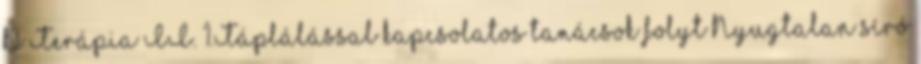
D Terápia II. 1.Táplálással kapcsolatos tanácsok folyt Nyugtalan síró